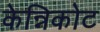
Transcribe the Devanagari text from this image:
केन्निकोट